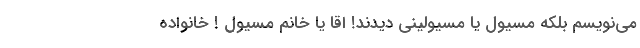
می‌نویسم بلکه مسئول یا مسئولینی دیدند! اقا یا خانم مسئول ! خانواده